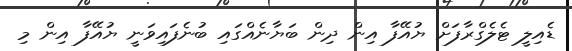
ޑެއިލީ ޓެލެގްރާފަށް ޔުއޭފާ އިން ދިން ބަޔާނެއްގައި ބުނެފައިވަނީ ޔުއޭފާ އިން މި